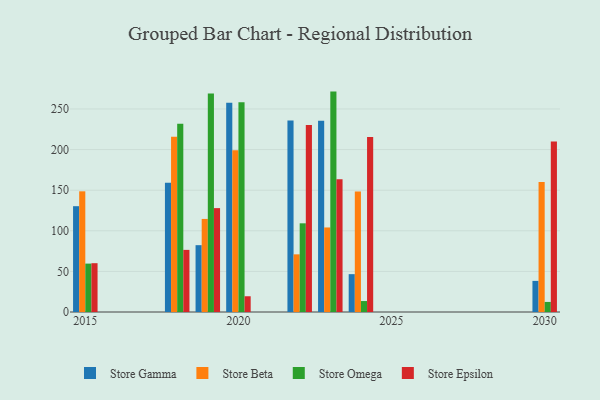
{"axis": {"x": "Year", "y": "Population (Million)"}, "legend": ["Store Beta", "Store Epsilon", "Store Gamma", "Store Omega"], "data": [{"x": "2022", "y": 235.9, "type": "Store Gamma"}, {"x": "2022", "y": 71.0, "type": "Store Beta"}, {"x": "2022", "y": 109.2, "type": "Store Omega"}, {"x": "2022", "y": 230.3, "type": "Store Epsilon"}, {"x": "2018", "y": 159.2, "type": "Store Gamma"}, {"x": "2018", "y": 215.9, "type": "Store Beta"}, {"x": "2018", "y": 231.8, "type": "Store Omega"}, {"x": "2018", "y": 76.5, "type": "Store Epsilon"}, {"x": "2020", "y": 257.6, "type": "Store Gamma"}, {"x": "2020", "y": 199.3, "type": "Store Beta"}, {"x": "2020", "y": 258.2, "type": "Store Omega"}, {"x": "2020", "y": 19.4, "type": "Store Epsilon"}, {"x": "2030", "y": 38.3, "type": "Store Gamma"}, {"x": "2030", "y": 160.0, "type": "Store Beta"}, {"x": "2030", "y": 12.4, "type": "Store Omega"}, {"x": "2030", "y": 210.1, "type": "Store Epsilon"}, {"x": "2015", "y": 130.3, "type": "Store Gamma"}, {"x": "2015", "y": 148.6, "type": "Store Beta"}, {"x": "2015", "y": 59.6, "type": "Store Omega"}, {"x": "2015", "y": 60.1, "type": "Store Epsilon"}, {"x": "2023", "y": 235.5, "type": "Store Gamma"}, {"x": "2023", "y": 104.1, "type": "Store Beta"}, {"x": "2023", "y": 271.4, "type": "Store Omega"}, {"x": "2023", "y": 163.4, "type": "Store Epsilon"}, {"x": "2019", "y": 82.3, "type": "Store Gamma"}, {"x": "2019", "y": 114.6, "type": "Store Beta"}, {"x": "2019", "y": 269.2, "type": "Store Omega"}, {"x": "2019", "y": 127.9, "type": "Store Epsilon"}, {"x": "2024", "y": 46.6, "type": "Store Gamma"}, {"x": "2024", "y": 148.4, "type": "Store Beta"}, {"x": "2024", "y": 13.5, "type": "Store Omega"}, {"x": "2024", "y": 215.6, "type": "Store Epsilon"}]}